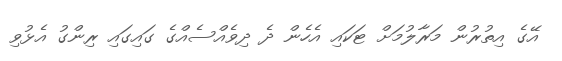
އޭގެ އިތުރުން މަރާލުމަށް ޓަކައި އެހެން ދެ ދިވެއްސެއްގެ ގައިގައި ރިންގު އެޅުވި